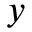
y